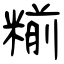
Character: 糋